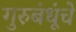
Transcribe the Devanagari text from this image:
गुरुबंधूंचे